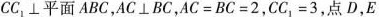
CC_{1}⊥平面ABC，AC⊥BC，$$A C = B C = 2$$，$$C C_{1} = 3$$，点D，E